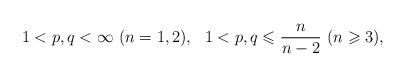
LaTeX: \begin{align*}1<p,q<\infty \ (n=1,2),\ \ 1<p,q\leqslant \frac{n}{n-2}\ (n\geqslant 3),\end{align*}